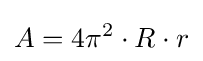
A=4\pi ^{2}\cdot R\cdot r